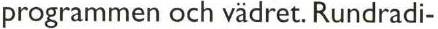
programmen och vädret. Rundradi-